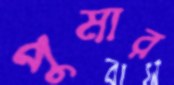
পুমার